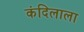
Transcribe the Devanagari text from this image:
कंदिलाला